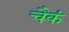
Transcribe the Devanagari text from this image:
चैकं